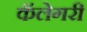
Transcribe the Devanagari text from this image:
कॅलेगरी